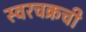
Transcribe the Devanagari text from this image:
स्वरचक्रची